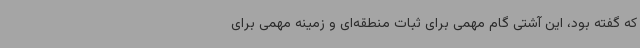
که گفته بود، این آشتی گام مهمی برای ثبات منطقه‌ای و زمینه مهمی برای